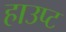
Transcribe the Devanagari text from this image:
हाउप्ट